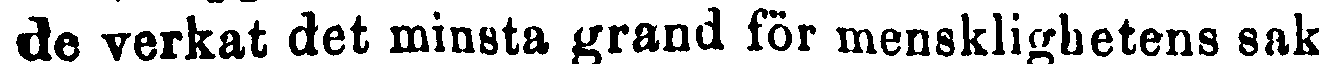
de verkat det minsta grand för mensklighetens sak.